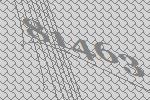
81463